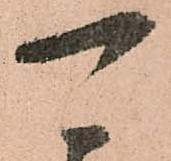
可